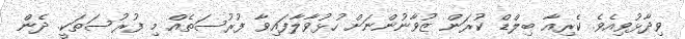
ވިދާޅުވިއެވެ. ކެރިއާ ބިލްޑް ކުރަން ޒުވާނުންނަށް ހުޅުވާލާފައިވާ ފުރުސަތެއް މި ފުރުސަތަކީ. ދެން